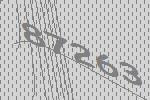
87263